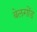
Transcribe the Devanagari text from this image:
बेलगोंड